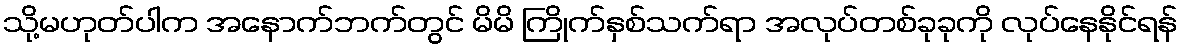
သို့မဟုတ်ပါက အနောက်ဘက်တွင် မိမိ ကြိုက်နှစ်သက်ရာ အလုပ်တစ်ခုခုကို လုပ်နေနိုင်ရန်